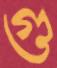
গু